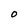
Character: 0